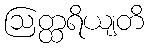
ဩတ္ထရိယျတိ